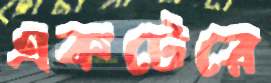
একটেরে